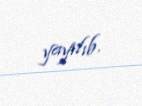
yayılıb.